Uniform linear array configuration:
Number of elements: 24
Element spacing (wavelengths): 1
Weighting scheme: binomial
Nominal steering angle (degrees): -15
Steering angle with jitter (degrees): -15.453
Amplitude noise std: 0.05
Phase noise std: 0.05

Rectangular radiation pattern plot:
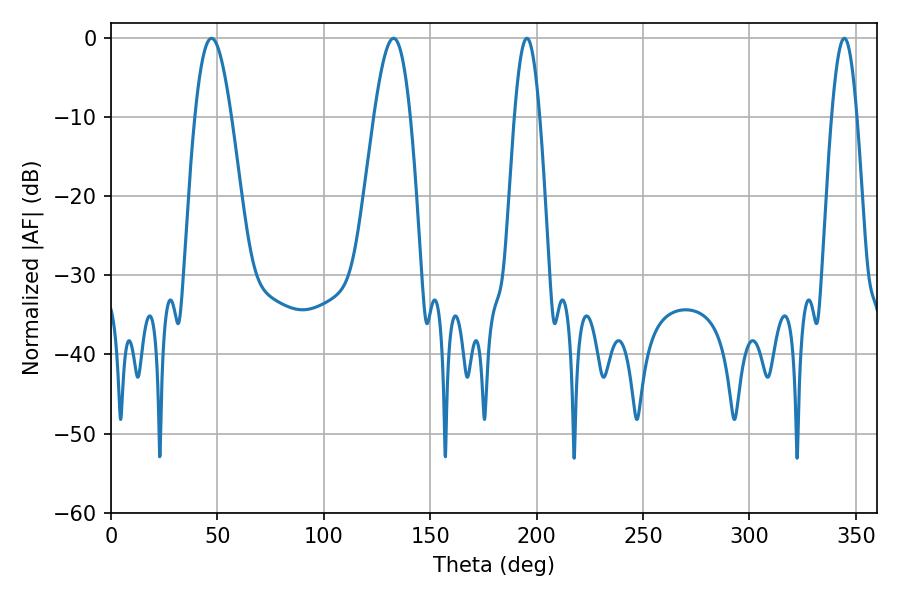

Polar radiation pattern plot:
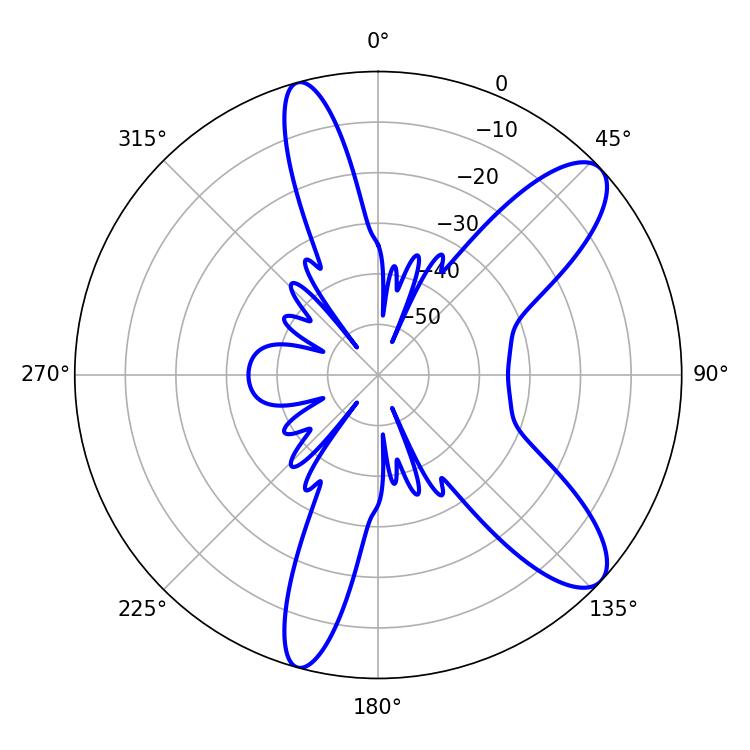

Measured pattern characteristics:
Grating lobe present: TRUE
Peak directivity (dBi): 10.125
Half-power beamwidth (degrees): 9.18
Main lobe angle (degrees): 47.16